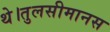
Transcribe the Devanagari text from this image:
थे।तुलसीमानस